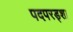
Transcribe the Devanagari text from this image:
पदपरड्शा